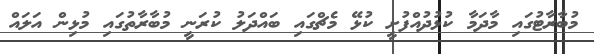
މުބާރާޓުގައި މާދަމާ ކުޅުދުއްފުށީ ކުޅޭ މެޗްގައި ބައްދަލު ކުރަނީ މުބާރާތުގައި މުޅިން އަލައް